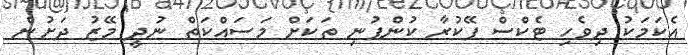
އެކަމަކު ދިވެހި ޓެކްސް ޕޭކުރާ ކުންފުނި ތަކަށް މަސައްކަތް ނުދީ މޭޒު ދަށުން